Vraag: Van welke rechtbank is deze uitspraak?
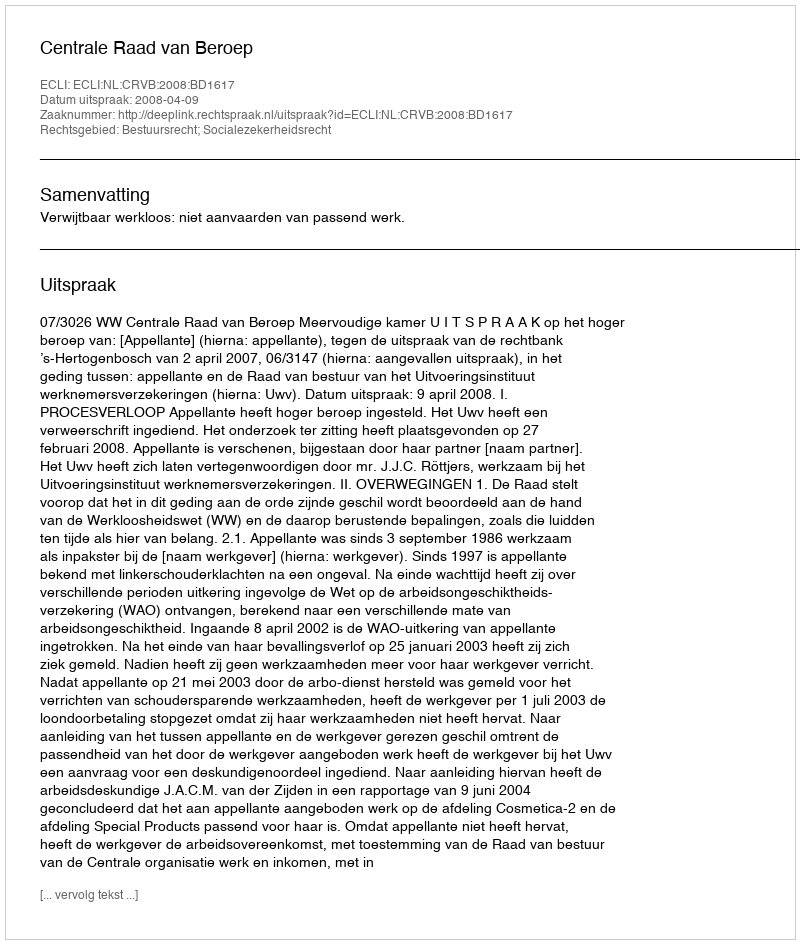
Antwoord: Centrale Raad van Beroep